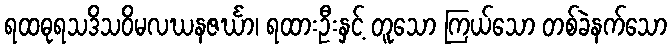
ရထဓုရသဒိသဝိမလဃနဇင်္ဃာ၊ ရထားဦးနှင့် တူသော ကြယ်သော တစ်ခဲနက်သော